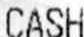
CASH